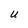
Character: U